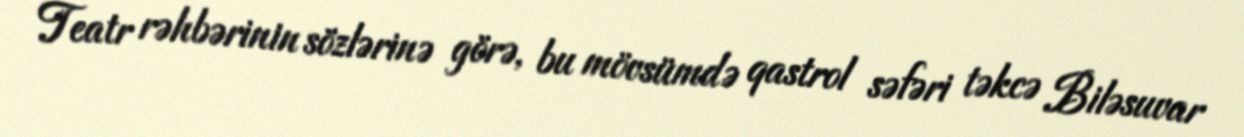
Teatr rəhbərinin sözlərinə görə, bu mövsümdə qastrol səfəri təkcə Biləsuvar